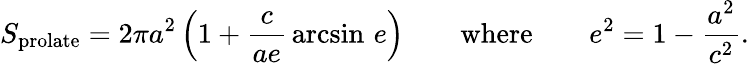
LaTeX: S_{\mathrm{{prolate}}}=2\pi a^{2}\left(1+{\frac{c}{ae}}\arcsin\, e\right)\qquad{\mathrm{where}}\qquad e^{2}=1-{\frac{a^{2}}{c^{2}}}.